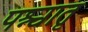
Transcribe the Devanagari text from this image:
पश्चातृ